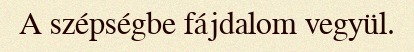
A szépségbe fájdalom vegyül.